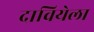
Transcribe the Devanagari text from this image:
दावियेला